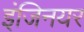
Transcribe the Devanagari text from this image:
इंजिनयर